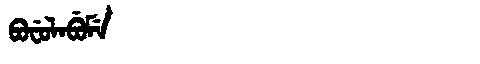
Manchu: ᠪᠣᠸᡠᠯᠠᠪᡠᠮᡝ
Romanization: BOFULABUME